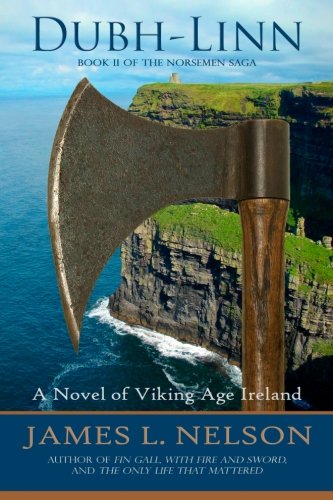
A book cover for Dubh-linn: A Novel of Viking Age Ireland (The Norsemen Saga) (Volume 2); James L. Nelson; Mystery, Thriller & Suspense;